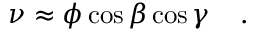
\nu \approx \phi \cos \beta \cos \gamma \; \; \; \; .